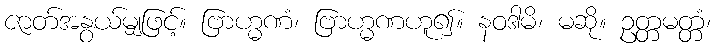
ဇာတ်အနွယ်မျှဖြင့်။ ဗြာဟ္မဏံ၊ ဗြာဟ္မဏဟူ၍။ နဝဒါမိ၊ မဆို။ ဥတ္တမတ္တံ၊